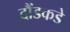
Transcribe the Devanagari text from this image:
दौंडकडे